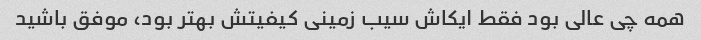
همه چی عالی بود فقط ایکاش سیب زمینی کیفیتش بهتر بود، موفق باشید